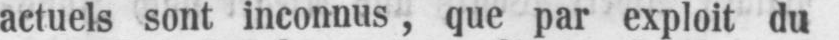
actuels sont inconnus, que par exploit du